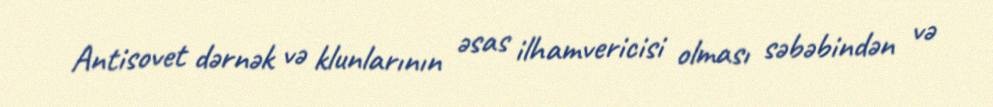
Antisovet dərnək və klunlarının əsas ilhamvericisi olması səbəbindən və